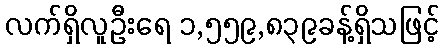
လက်ရှိလူဦးရေ ၁,၅၅၉,၈၃၉ခန့်ရှိသဖြင့်